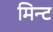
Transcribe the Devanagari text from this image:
मिन्‍ट